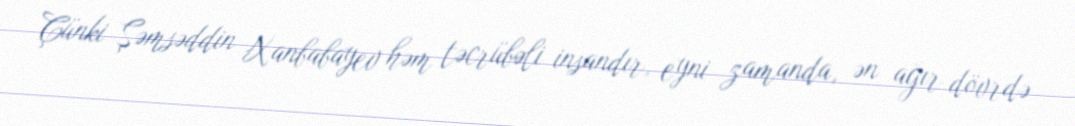
Çünki Şəmsəddin Xanbabayev həm təcrübəli insandır, eyni zamanda, ən ağır dövrdə